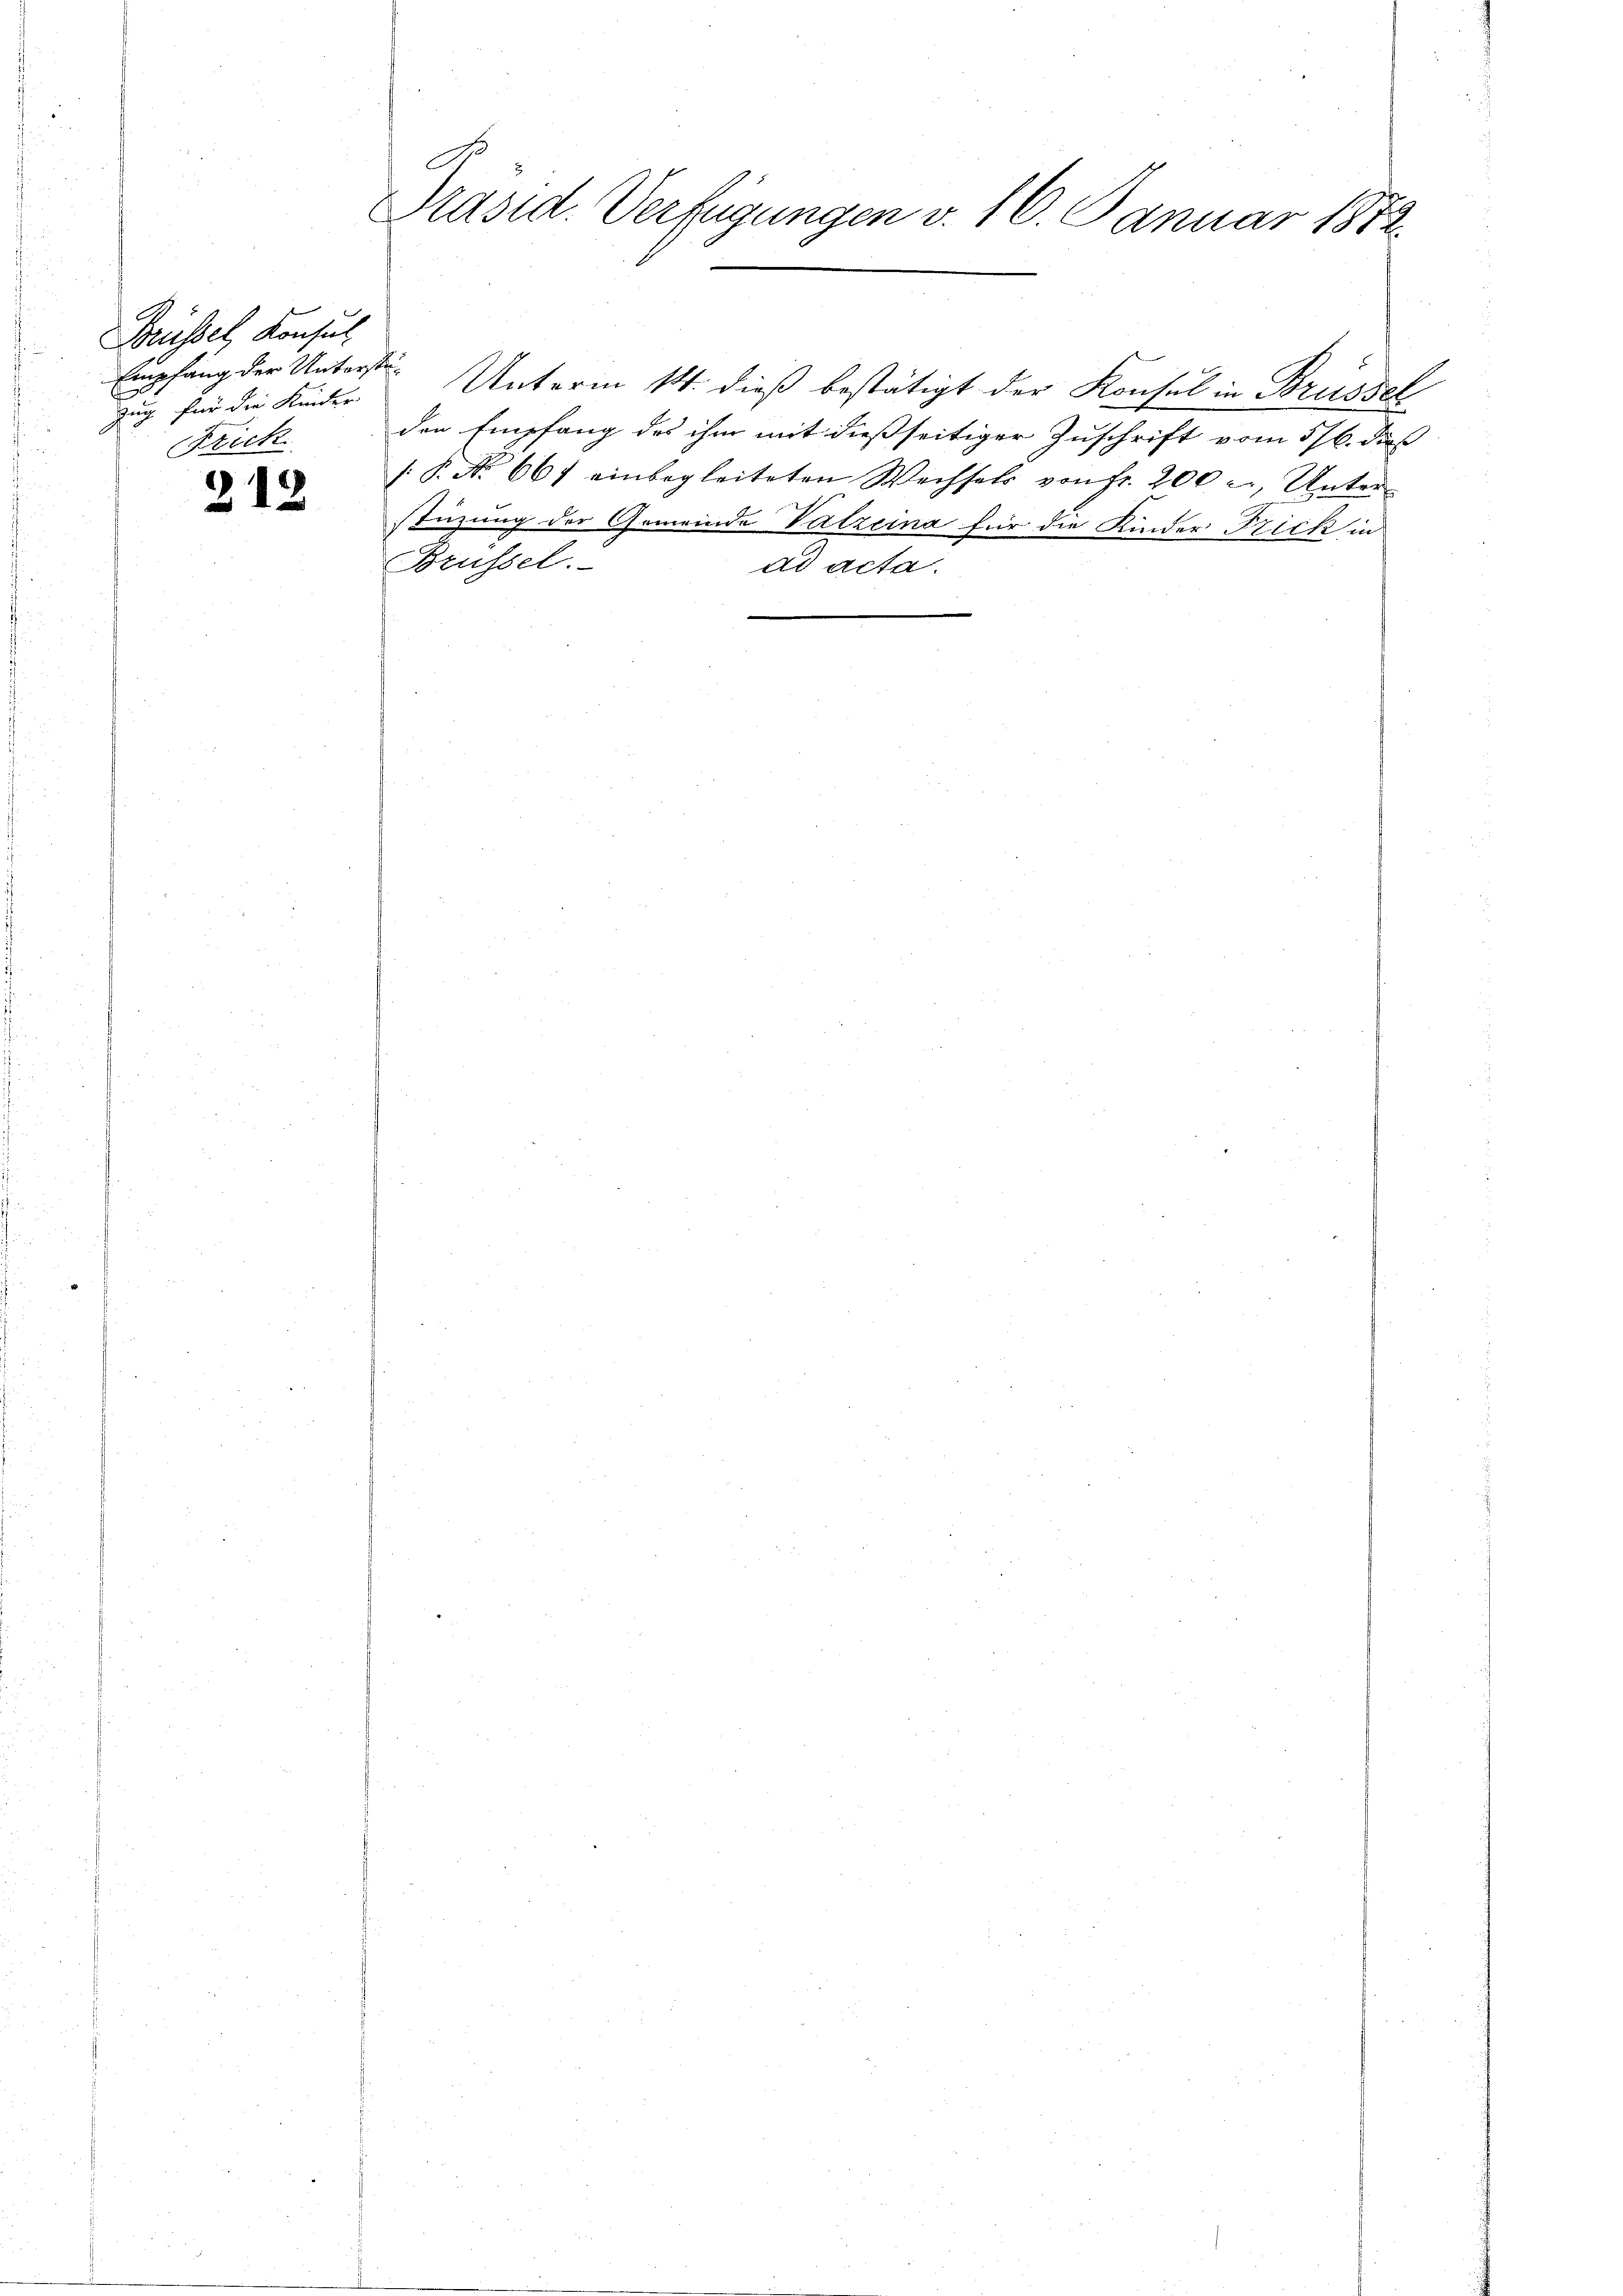
Brüssel, Konsul
Empfang der Unterste¬
Zug für die Kinder
Frick

212

Präsid. Verfügungen v. 16. Januar 1872.

Unterm 14. dieß bestätigt der Konsul in Brüssel
den Empfang des ihm mit dießseitiger Zuschrift vom 5/6. dieß
/. P. No 667 einbegleiteten Wechsels von Fr. 200 c., Unter-
stüzung der Gemeinde Valzeina für die Kinder Frick in
Brüssel.
ad acta.